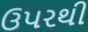
ઉપરથી